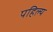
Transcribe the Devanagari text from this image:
पहिल्य